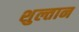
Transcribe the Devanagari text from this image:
शुल्तान